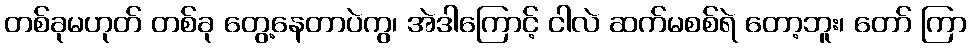
တစ်ခုမဟုတ် တစ်ခု တွေ့နေတာပဲကွ၊ အဲဒါကြောင့် ငါလဲ ဆက်မစစ်ရဲ တော့ဘူး၊ တော် ကြာ